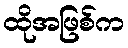
ထိုအဖြစ်က